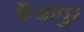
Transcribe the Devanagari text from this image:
फैजापुर